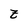
Character: z